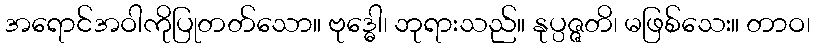
အရောင်အဝါကိုပြုတတ်သော။ ဗုဒ္ဓေါ၊ ဘုရားသည်။ နုပ္ပဇ္ဇတိ၊ မဖြစ်သေး။ တာဝ၊